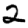
Digit: 2